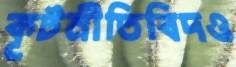
কূটনীতিবিদও